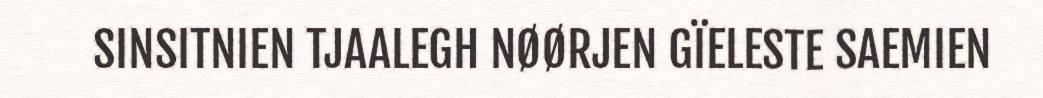
SINSITNIEN TJAALEGH NØØRJEN GÏELESTE SAEMIEN